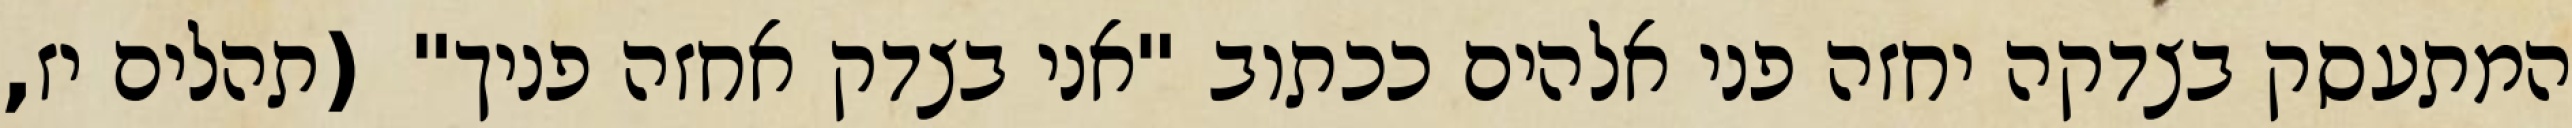
המתעסק בצדקה יחזה פני אלהים ככתוב "אני בצדק אחזה פניך" (תהלים יז,